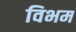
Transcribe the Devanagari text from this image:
विभम